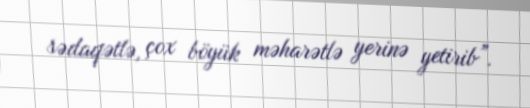
sədaqətlə, çox böyük məharətlə yerinə yetirib”.